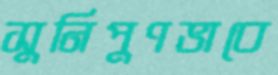
সুনিপুণভাবে